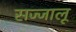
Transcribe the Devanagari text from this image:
सज्जालू